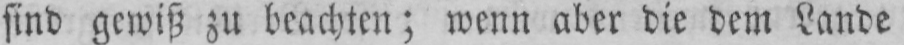
sind gewiß zu beachten; wenn aber die dem Lande